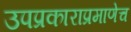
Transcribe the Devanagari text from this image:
उपप्रकाराप्रमाणेच